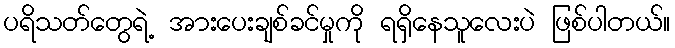
ပရိသတ်တွေရဲ့ အားပေးချစ်ခင်မှုကို ရရှိနေသူလေးပဲ ဖြစ်ပါတယ်။